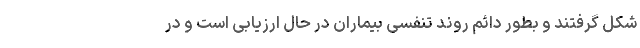
شکل گرفتند و بطور دائم روند تنفسی بیماران در حال ارزیابی است و در